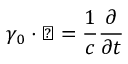
\gamma _ { 0 } \cdot \bigtriangledown = { \frac { 1 } { c } } { \frac { \partial } { \partial t } }